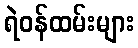
ရဲဝန်ထမ်းများ